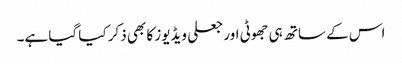
اس کے ساتھ ہی جھوٹی اور جعلی ویڈیوز کا بھی ذکر کیا گیا ہے۔